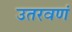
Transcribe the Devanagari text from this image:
उतरवणं